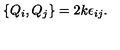
\left\{ Q _ { i } , Q _ { j } \right\} = 2 k \epsilon _ { i j } .